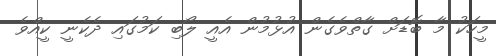
މީހަކު މާ ބޮޑަށް ގާތްވެގެން އުޅުމުން އެއީ ލޯބި ކަމުގައި ދެކެނީ ކީއްވެ